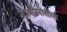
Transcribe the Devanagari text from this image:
ट्रायपैनोसोमा